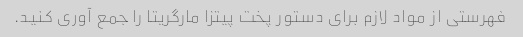
فهرستی از مواد لازم برای دستور پخت پیتزا مارگریتا را جمع آوری کنید.